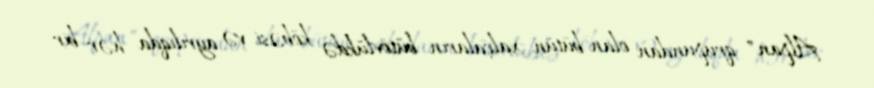
Alpan" qrupundan olan bütün xalçaların bütövlükdə köbəsi və ayrılıqda hər bir